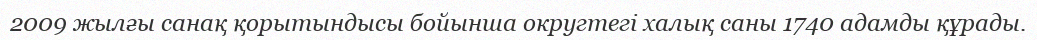
2009 жылғы санақ қорытындысы бойынша округтегі халық саны 1740 адамды құрады.